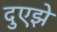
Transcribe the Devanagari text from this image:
दुएझे